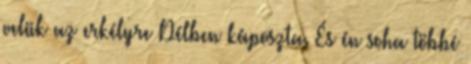
velük az erkélyre Délben káposzta. És én soha többé